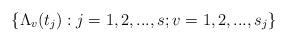
LaTeX: \begin{align*}\left\{ \Lambda_{v}(t_{j}):j=1,2,...,s;v=1,2,...,s_{j}\right\}\end{align*}